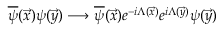
\overline { { { \psi } } } ( \vec { x } ) \psi ( \vec { y } ) \longrightarrow \overline { { { \psi } } } ( \vec { x } ) e ^ { - i \Lambda ( \vec { x } ) } e ^ { i \Lambda ( \vec { y } ) } \psi ( \vec { y } )